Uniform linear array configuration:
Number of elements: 16
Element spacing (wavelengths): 0.25
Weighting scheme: cosine
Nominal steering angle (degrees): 15
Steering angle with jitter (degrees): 16.536
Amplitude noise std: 0.05
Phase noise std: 0.05

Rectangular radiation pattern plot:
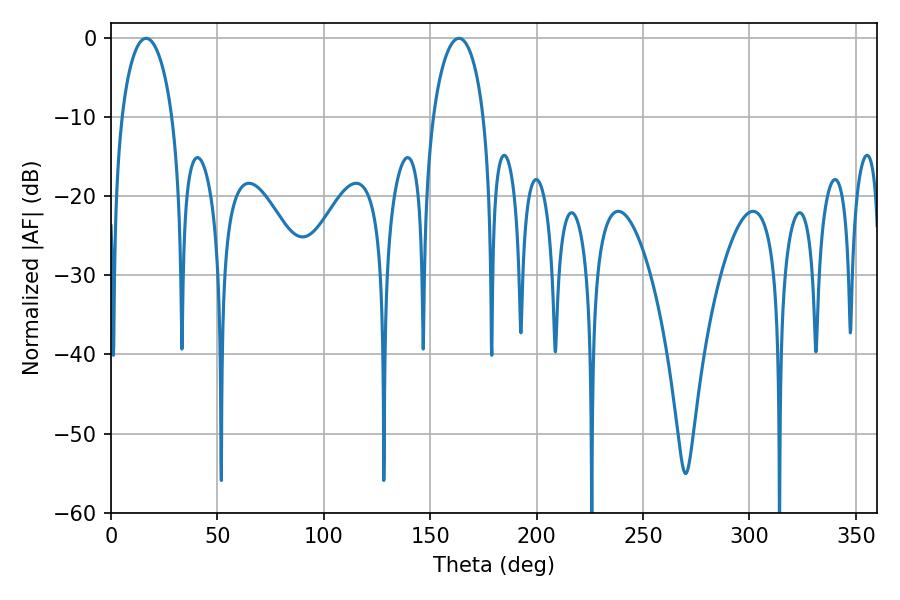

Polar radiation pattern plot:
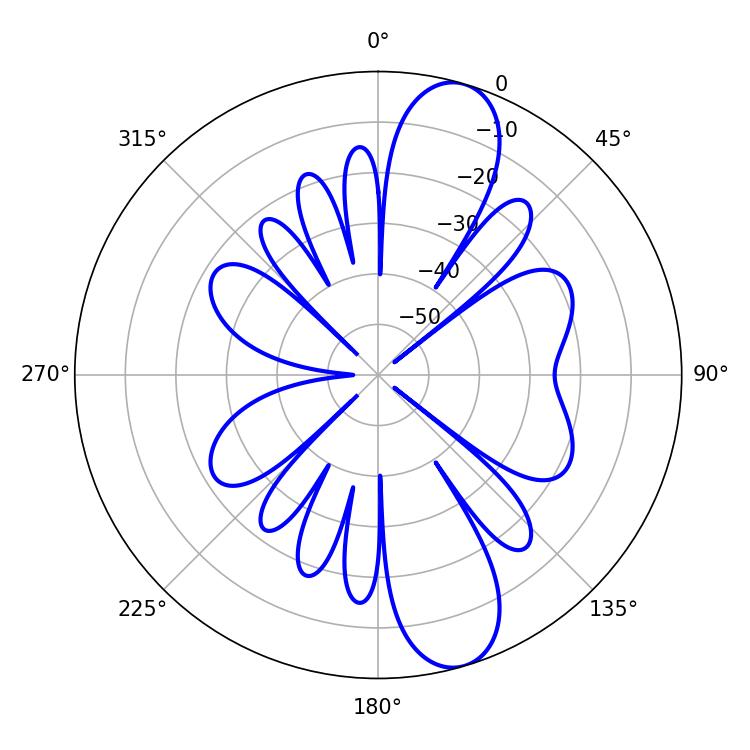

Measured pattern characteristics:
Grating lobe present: FALSE
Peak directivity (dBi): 11.218
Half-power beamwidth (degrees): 13.68
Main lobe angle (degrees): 16.56